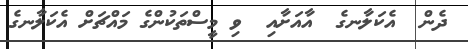
ދެން  އެކަލާނގެ  އާއަށާއި  ވި މީސްތަކުންގެ މައްޗަށް އެކަލާނގެ